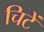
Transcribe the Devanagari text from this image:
चिटें